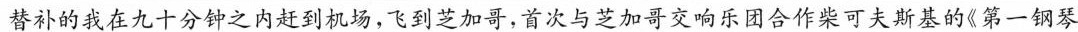
替补的我在九十分钟之内赶到机场，飞到芝加哥，首次与芝加哥交响乐团合作柴可夫斯基的《第一钢琴